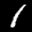
Label: 1